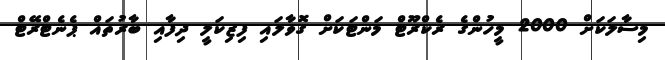
މިސާލަކަށް 2000 މީހުންގެ ރެކްރޫޓް މަންޓަކަށް ގޮވާލައި ފިޒިކަލީ ދިފާއި ބާރުތައް ޕެނެޓްރޭޓް